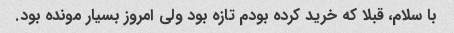
با سلام، قبلا که خرید کرده بودم تازه بود ولی امروز بسیار مونده بود.